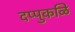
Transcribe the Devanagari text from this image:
दप्पुकळि